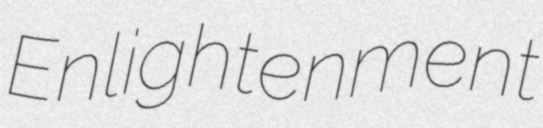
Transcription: Enlightenment